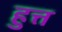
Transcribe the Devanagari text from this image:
हुत्त